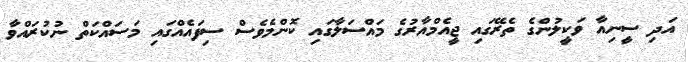
އަދި ސީނިއާ ވަކީލުންގެ ތެރޭގައި ޖީއެމްއާރުގެ މައްސަލާގައި ކޮންމެވެސް ސިފައެއްގައި މަސައްކަތް ނުކުރައްވާ